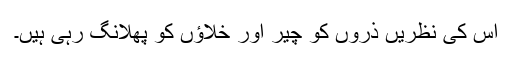
اس کی نظریں ذرّوں کو چیر اور خلاؤں کو پھلانگ رہی ہیں۔